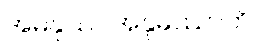
အမနုဿ အနုမဿာတိ